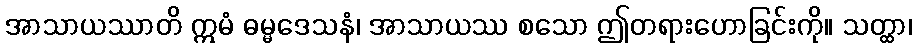
အာသာယဿာတိ ဣမံ ဓမ္မဒေသနံ၊ အာသာယဿ စသော ဤတရားဟောခြင်းကို။ သတ္ထာ၊